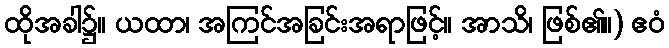
ထိုအခါ၌။ ယထာ၊ အကြင်အခြင်းအရာဖြင့်။ အာသိ၊ ဖြစ်၏။) ဧဝံ